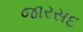
જારસદ